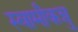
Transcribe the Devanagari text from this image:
स्वामीकन्नु